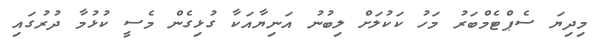
މިދިޔަ ސެޕްޓެމްބަރު މަހު ކަކުލަށް ލިބުނު އަނިޔާއަކާ ގުޅިގެން މެސީ ކުޅުމާ ދުރުގައި